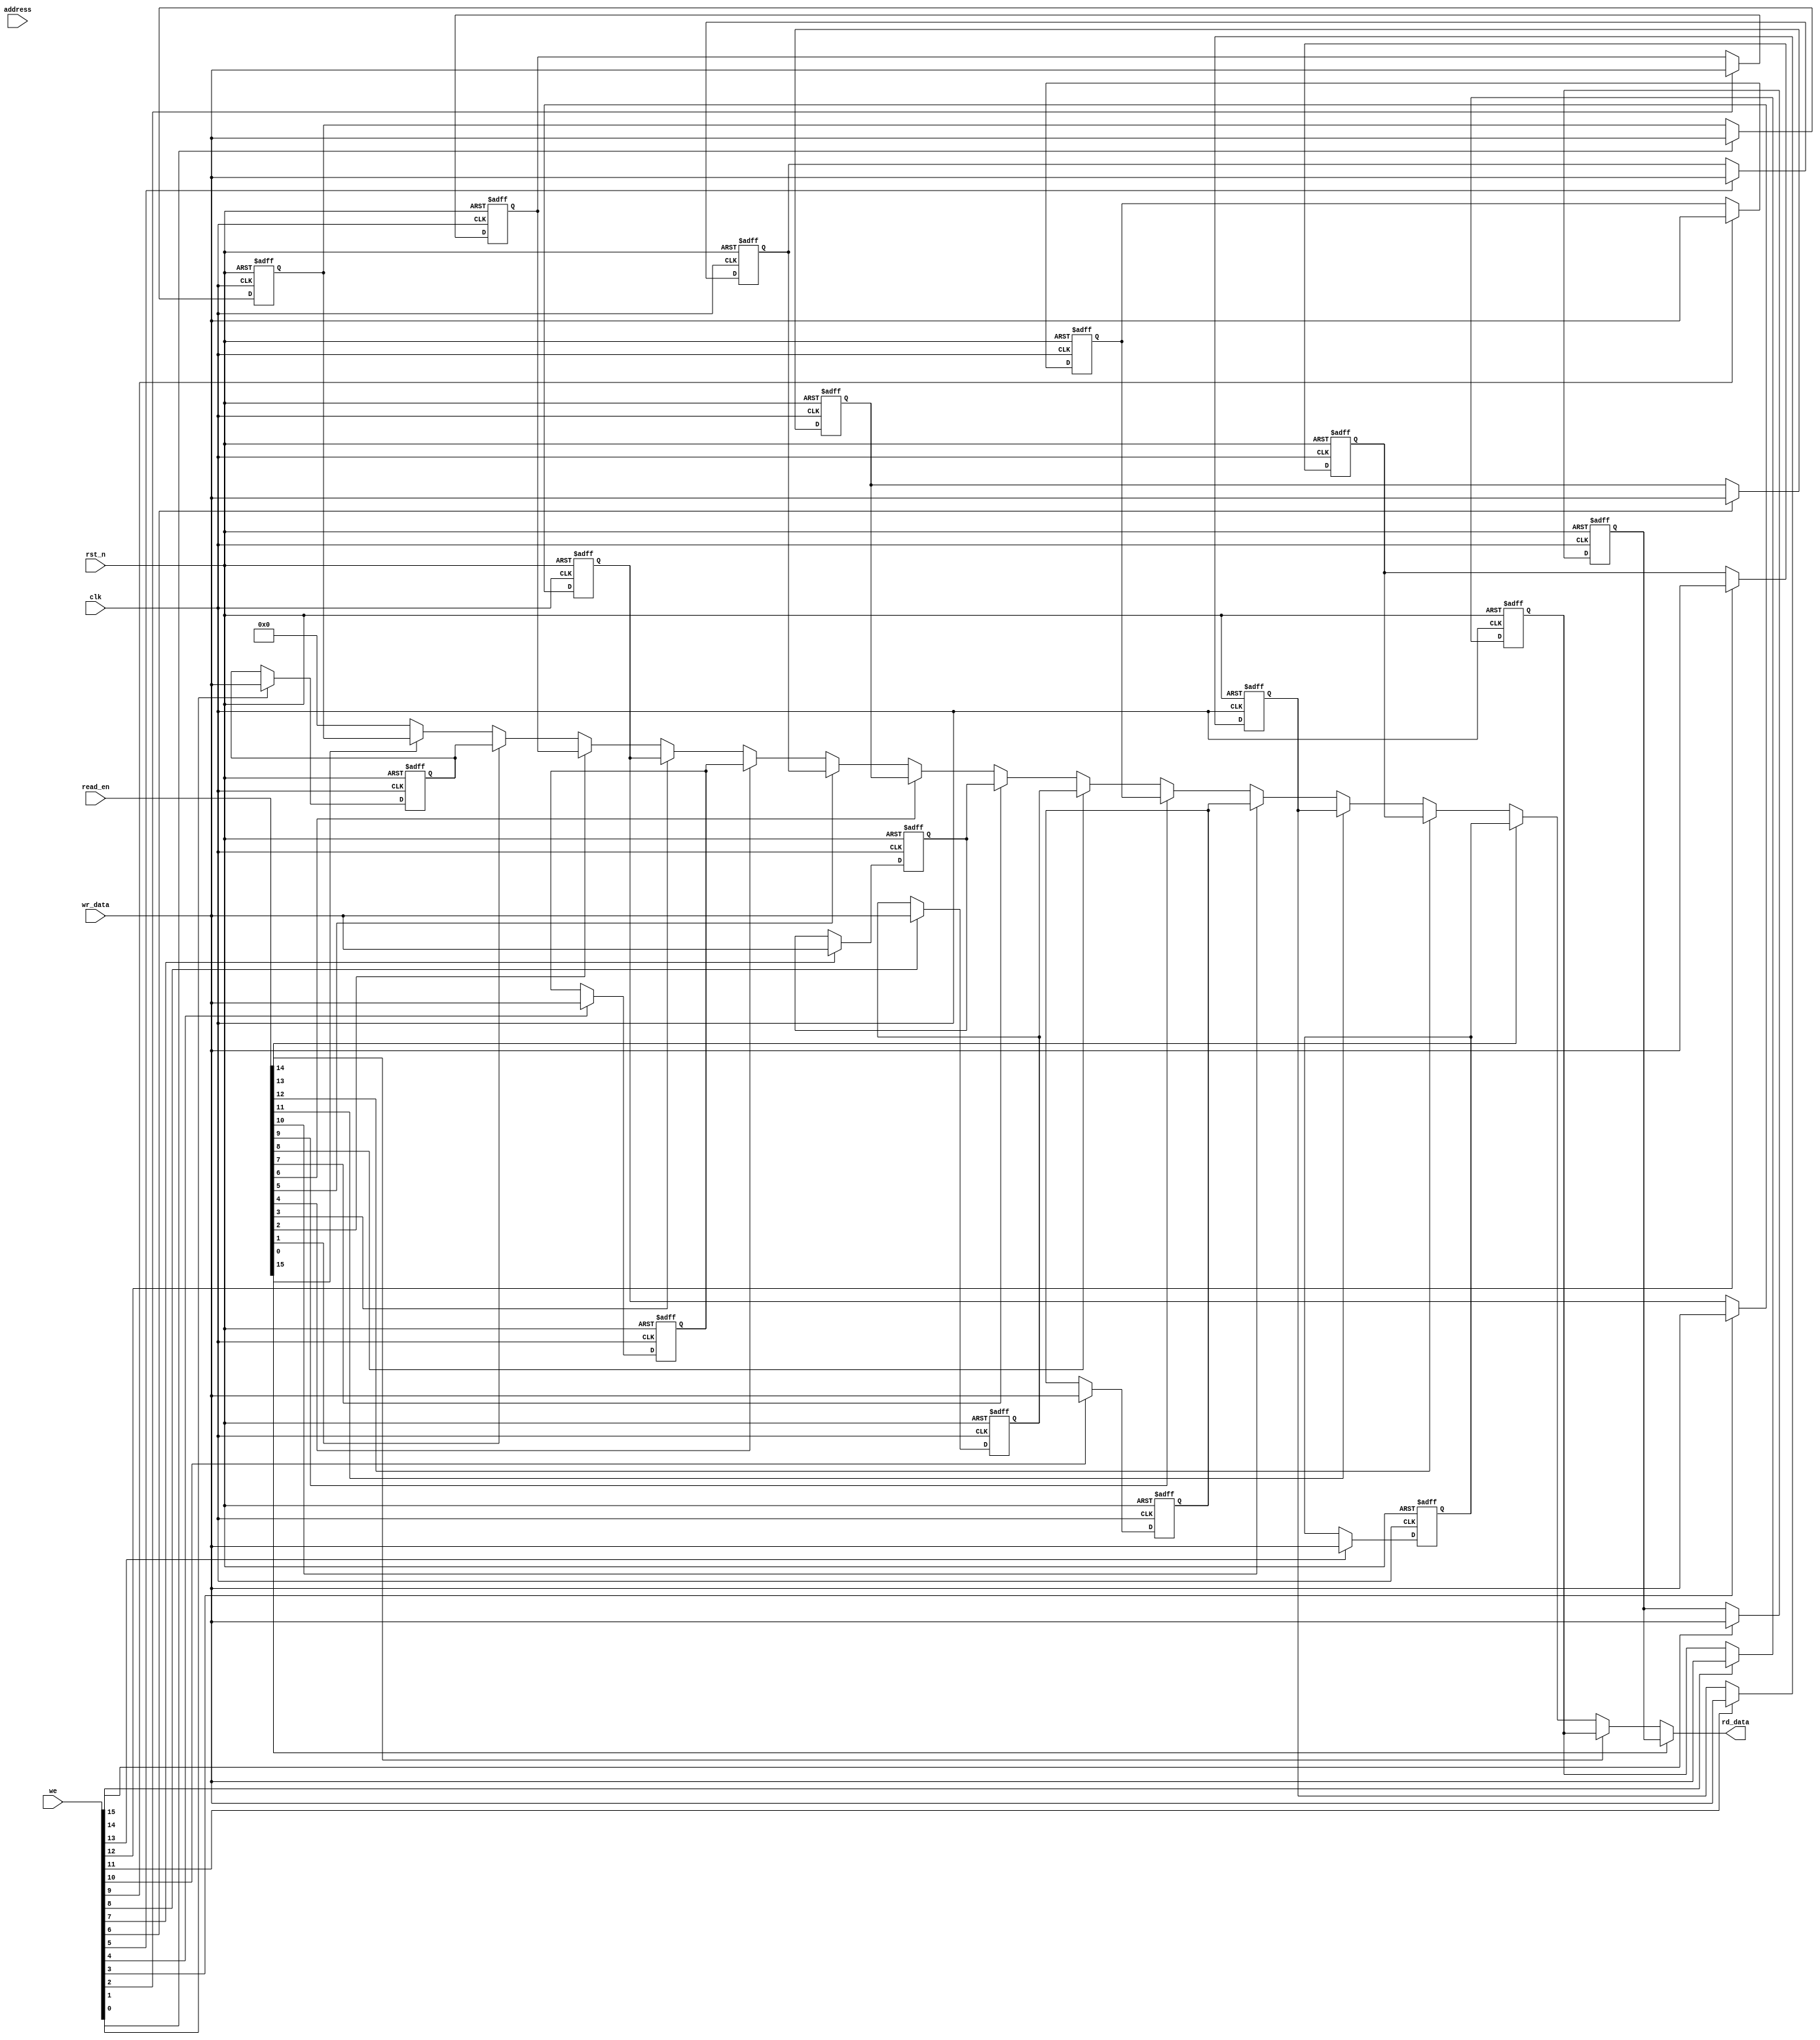
module IO_Blocks_Register_File #(
    parameter NUM_REGS = 16,        // Number of registers
    parameter REG_WIDTH = 32        // Width of each register in bits
)(
    input wire clk,                  // Clock signal
    input wire rst_n,                // Asynchronous reset, active low
    input wire [NUM_REGS-1:0] we,    // Write enable for each register
    input wire [REG_WIDTH-1:0] wr_data, // Data to write
    input wire [NUM_REGS-1:0] read_en, // Read enable for each register
    input wire [$clog2(NUM_REGS)-1:0] address, // Address for read/write
    output reg [REG_WIDTH-1:0] rd_data // Data read from the selected register
);
    // Define the register file
    reg [REG_WIDTH-1:0] registers [0:NUM_REGS-1];

    // Asynchronous reset
    integer i;
    always @(posedge clk or negedge rst_n) begin
        if (!rst_n) begin
            // Reset all registers to zero
            for (i = 0; i < NUM_REGS; i = i + 1) begin
                registers[i] <= {REG_WIDTH{1'b0}};
            end
        end else begin
            // Write operation
            for (i = 0; i < NUM_REGS; i = i + 1) begin
                if (we[i]) begin
                    registers[i] <= wr_data; // Store data in the register
                end
            end
        end
    end

    // Read operation
    always @(*) begin
        rd_data = {REG_WIDTH{1'b0}}; // Default output to zero
        for (i = 0; i < NUM_REGS; i = i + 1) begin
            if (read_en[i]) begin
                rd_data = registers[i]; // Read data from the selected register
            end
        end
    end

endmodule